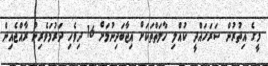
މީގެ އިތުރުން ސަރަހައްދީ ކުއްލި ހާލަތްތަކަށް އިޖާބަދިނުމަށް 16 ދިވެހި ދަރުމަވެރިން ރާއްޖެއިން